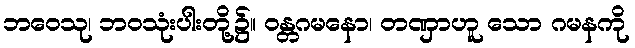
ဘဝေသု၊ ဘဝသုံးပါးတို့၌။ ဝန္တဂမနော၊ တဏှာဟူ သော ဂမနကို